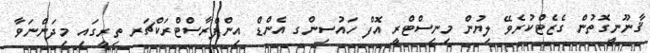
ޤާނޫނީގޮތުން ގެޒެޓްކުރެވޭ ލިޔުން މިނިސްޓްރީ އޮފް ހައުސިންގ އެންޑް އިންފްރާސްޓްރަކްޗަރ ތިރީގައި މިދަންނަވާ